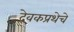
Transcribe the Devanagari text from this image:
देवकप्रथेचे